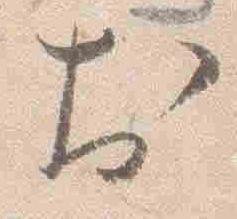
於